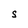
Character: S